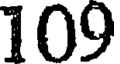
109